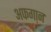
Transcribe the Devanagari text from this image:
अफगा़न